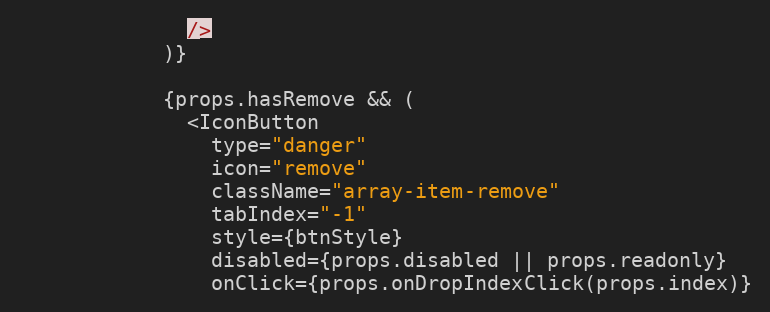
Language: JavaScript
              />
            )}

            {props.hasRemove && (
              <IconButton
                type="danger"
                icon="remove"
                className="array-item-remove"
                tabIndex="-1"
                style={btnStyle}
                disabled={props.disabled || props.readonly}
                onClick={props.onDropIndexClick(props.index)}